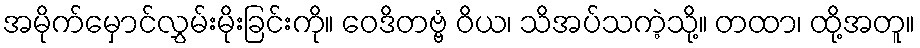
အမိုက်မှောင်လွှမ်းမိုးခြင်းကို။ ဝေဒိတဗ္ဗံ ဝိယ၊ သိအပ်သကဲ့သို့။ တထာ၊ ထို့အတူ။